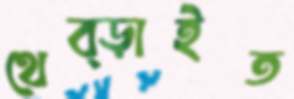
থেব্‌ড়াইত